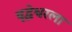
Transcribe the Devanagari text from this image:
वृद्धेश्वरला